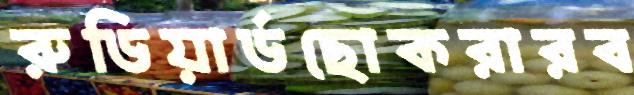
রুডিয়ার্ডছোকরারব